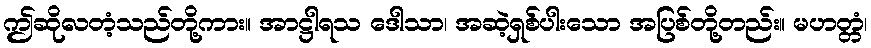
ဤဆိုလတံ့သည်တို့ကား။ အာဋ္ဌါရသ ဒေါသာ၊ အဆဲ့ရှစ်ပါးသော အပြစ်တို့တည်း။ မဟတ္တံ၊